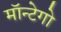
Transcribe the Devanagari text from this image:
मॉन्टेगो